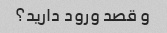
و قصد ورود دارید؟